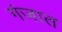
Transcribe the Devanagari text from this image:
गंजात